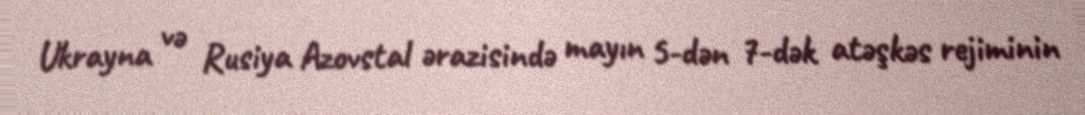
Ukrayna və Rusiya Azovstal ərazisində mayın 5-dən 7-dək atəşkəs rejiminin